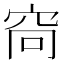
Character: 𫁋